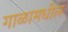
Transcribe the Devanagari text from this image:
गाळामधील